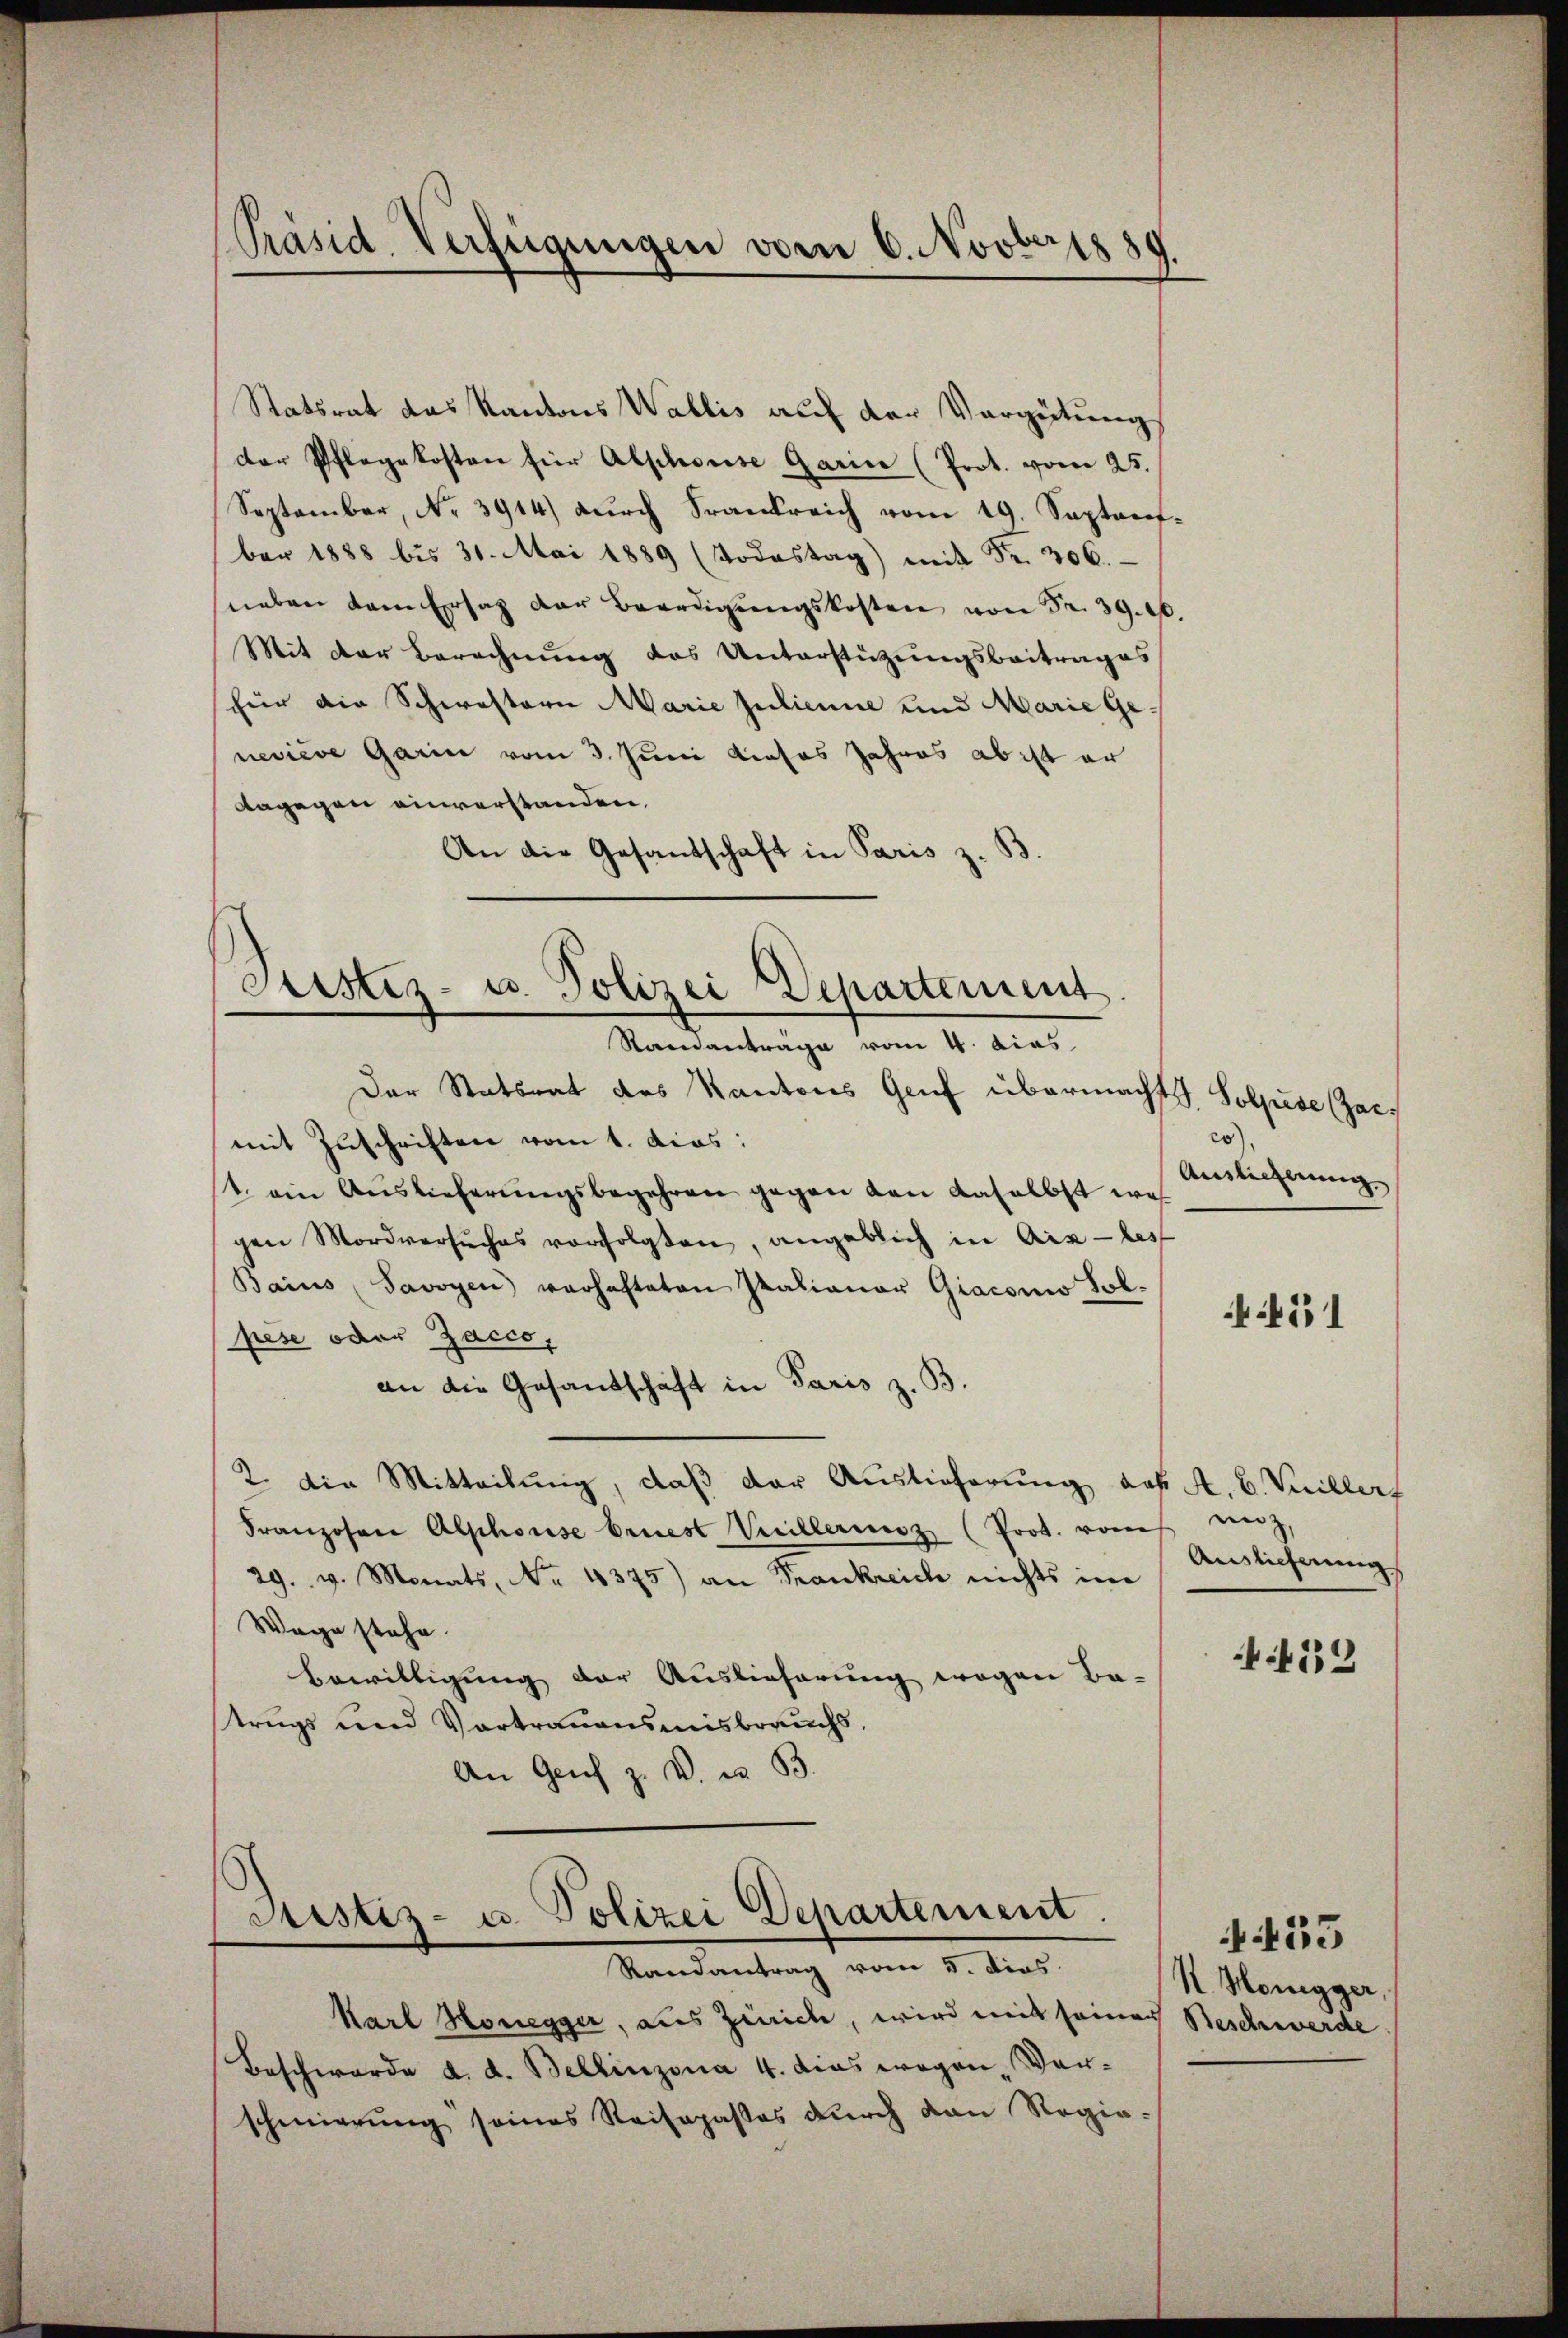
Präsid. Verfügungen vom 6. Novber 1881

Statsrat das Kantons Wallis auf der Vergütung
der Pflegekosten für Alphouise Garin (Prot. vom 25.
September, No 3914) durch Frankreich vom 19. September 1888 bis 31. Mai 1889 (Todestag
neben dem Ersatz der Beerdigŭngskosten von Fr. 39. 10.
Mit der Berechnung des Unterstützungsbeitrages
für die Schwestern Marie Julienne und Marie Ge-
neviève Garin vom 3. Juni dieses Jahres ab ist er
dagegen einverstanden.
An die Gesandschaft in Paris z.
Justiz- u. Polizei Departement.

Randantrage vom 4. dies

Der Statsrat des Kantons Gruf übermacht. Solpise (Zarmit Zuschriften vom 1. dies:
st. ein Auslieferungsbegehren gegen den daselbst wes
gen Mordversŭches vorfolgten, angeblich in Aix-les
Baius Savoyen verhafteten Italianer Giaconio Sol-
pese oder Zacco,
an die Gesandschaft in Paris z. B.
2. Die Mitteilung, daß der Auslieferung des A. B. Viller
Franzosen Alphorse briest Vuillerenz (Prot. von unt
29. v. Monats, No. 4375) an Frankreich nichts im
Wege stehe.
Bewilligung der Auslieferung wegen Ba-
strugs und Vortrauensmisbrauchs,
An Genf z. B. u. 33.

Justiz- u. Polizei Departement.
Randantrag vom 5. dies

Karl Honegger, aus Zürich, wird mit seiner Beschenwerde
Beschwerde d. d. Bellinzona 4. dies wegen Verschmierung seines Reisepaßes durch den Regie-

20),
Ainlicherung

51

Auslieferung

139

455
R. Honigger,